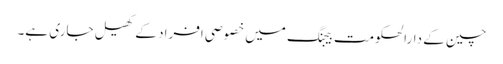
چین کے دارالحکومت بیجنگ میں خصوصی افراد کے کھیل جاری ہے۔